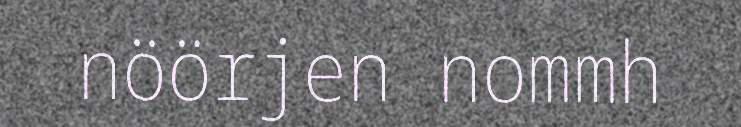
nöörjen nommh